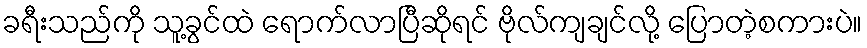
ခရီးသည်ကို သူ့ခွင်ထဲ ရောက်လာပြီဆိုရင် ဗိုလ်ကျချင်လို့ ပြောတဲ့စကားပဲ။